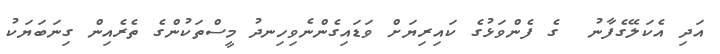
އަދި އެކަލޭގެފާނު  ގެ ފެންވަޅުގެ ކައިރިޔަށް ވަޑައިގެންނެވިހިނދު މީސްތަކުންގެ ތެރެއިން ގިނަބަޔަކު